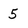
Character: 5